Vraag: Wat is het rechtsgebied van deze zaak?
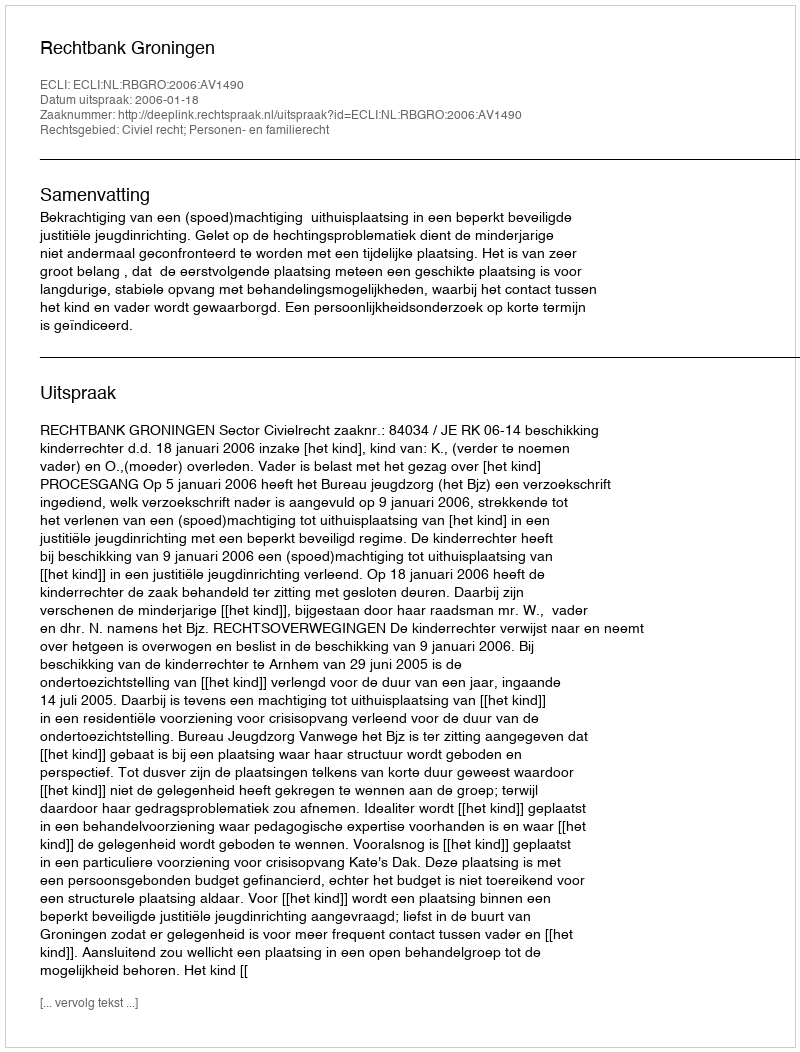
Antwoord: Civiel recht; Personen- en familierecht